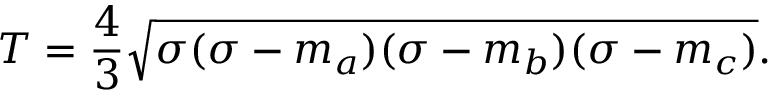
T = { \frac { 4 } { 3 } } { \sqrt { \sigma ( \sigma - m _ { a } ) ( \sigma - m _ { b } ) ( \sigma - m _ { c } ) } } .